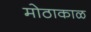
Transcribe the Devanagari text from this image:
मोठाकाळ